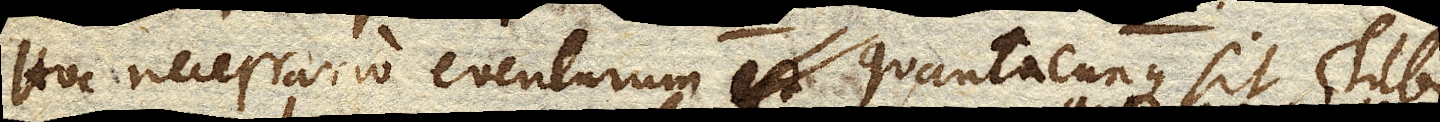
Hoc necessario eventurum quantacunque sit Tubi